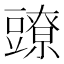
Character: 𧰉